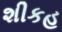
શીકહ